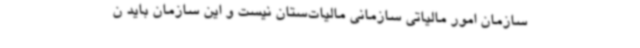
سازمان‌ امور مالیاتی سازمانی مالیات‌ستان نیست و این سازمان باید ن